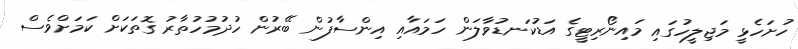
ހުށަހެޅީ މަޖިލީހުގައި މައިނޯރިޓީގެ އަޑުކަނޑުވާލަން ހަމައާއި އިންސާފުން ބޭރުން ހުދުމުހުތާރު ގޮތަކަށް ކަމަށްވެސް